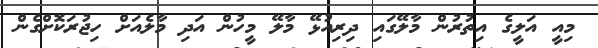
މިއީ އަލީގެ އިތުރުން މާލޭގައި ދިރިއުޅޭ މާލޭ މީހުން އަދި މާލެއަށް ހިޖުރަކޮށްގެން